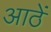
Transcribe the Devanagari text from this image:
आठें